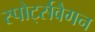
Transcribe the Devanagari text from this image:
स्पोर्ट्सवैगन